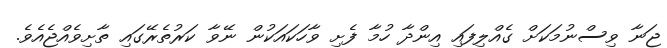
ޖަނާ ވިސްނުމަކަށް ގެއްލިފައި އިންދާ ހުމާ ފެށި ވާހަކައަކުން ނޭވާ ކަރުތެރޭގައި ތާށިވެއްޖެއެވެ.